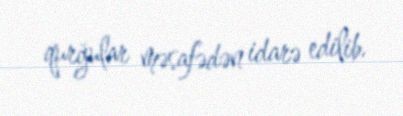
qurğular məsafədən idarə edilib.